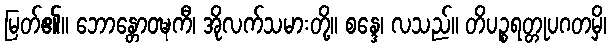
မြတ်၏။ ဘောန္တောဝဍ္ဎကီ၊ အိုလက်သမားတို့။ စန္ဒေ၊ လသည်။ တိပဉ္စရတ္တုပဂတမှိ၊